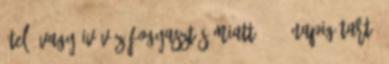
étel, vagy ivóvíz fogyasztás miatt 3- 4 napig tartó